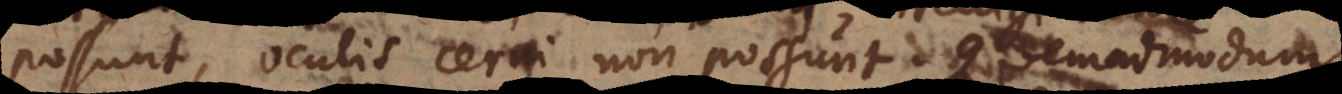
possunt, oculis cerni non possunt. Quemadmodum